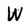
Character: W